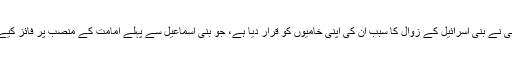
اللہ تعالیٰ نے بنی اسرائیل کے زوال کا سبب ان کی اپنی خامیوں کو قرار دیا ہے، جو بنی اسماعیل سے پہلے امامت کے منصب پر فائز کیے گئے۔